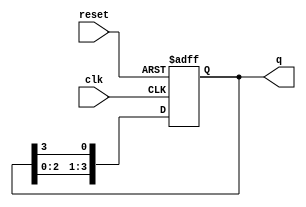
module synchronous_ring_counter (
    input wire clk,       // Clock input
    input wire reset,     // Asynchronous reset
    output reg [n-1:0] q // Output state of the ring counter
);
    parameter n = 4; // Number of flip-flops (bits in the ring counter)

    // Always block for synchronous behavior
    always @(posedge clk or posedge reset) begin
        if (reset) begin
            // Initialize to the first state
            q <= 1'b1; // Set the first flip-flop to '1'
        end else begin
            // Shift the '1' to the next flip-flop
            q <= {q[n-2:0], q[n-1]}; // Shift left and wrap around
        end
    end
endmodule